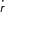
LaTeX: \dot { \boldsymbol { r } }